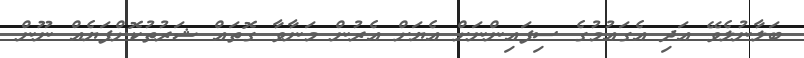
ބަލާނުލެވޭ އަދި އެގައުމުގެ ސިފައިންނަށް އެޔަށް އެރުން މަނާވާ ގޮތައް ޝަރުތުކޮށްފަޔެއް ނޫން